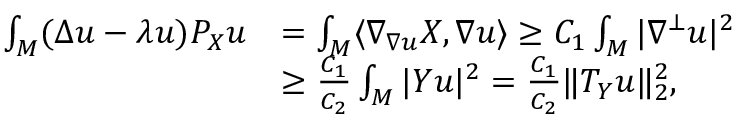
\begin{array} { r l } { \int _ { M } ( \Delta u - \lambda u ) P _ { X } u } & { = \int _ { M } \langle \nabla _ { \nabla u } X , \nabla u \rangle \ge C _ { 1 } \int _ { M } | \nabla ^ { \bot } u | ^ { 2 } } \\ & { \ge \frac { C _ { 1 } } { C _ { 2 } } \int _ { M } | Y u | ^ { 2 } = \frac { C _ { 1 } } { C _ { 2 } } \| T _ { Y } u \| _ { 2 } ^ { 2 } , } \end{array}